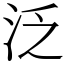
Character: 泛